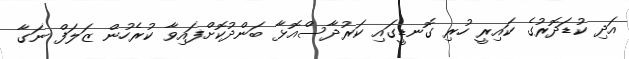
އަދި ކުޑަދޮރުގެ ކައިރީ ހުރި ގޮނޑީގައި ކަރުދާސްއޮޅާ ބަންދުކޮށްފައިވާ ކުރެހުން ޒަލަފް ނަގާ